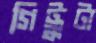
গিট্টুটা